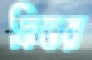
ফিতর